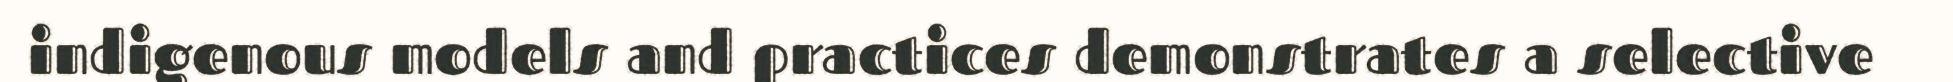
indigenous models and practices demonstrates a selective